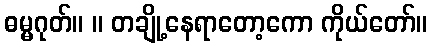
ဓမ္မဂုတ်။ ။ တချို့နေရာတော့ကော ကိုယ်တော်။